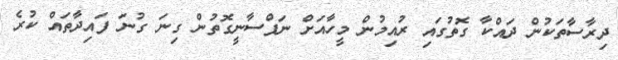
ދިރާސާތަކުން ދައްކާ ގޮތުގައި ރުއިމުން މީހާއަށް ނަފްސާނީގޮތުން ގިނަ ގުނަ ފައިދާތައް ކުރެ